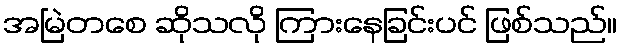
အမြဲတစေ ဆိုသလို ကြားနေခြင်းပင် ဖြစ်သည်။